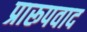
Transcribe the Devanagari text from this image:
प्रारूपवाद